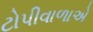
ટોપીવાળાએ